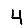
Digit: 4